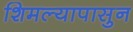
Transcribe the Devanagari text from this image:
शिमल्यापासुन